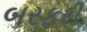
બરફરી